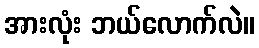
အားလုံး ဘယ်လောက်လဲ။